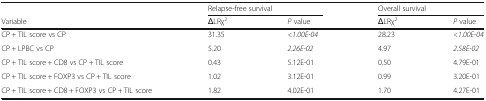
|  | <COLSPAN=2> Relapse-free survival | <COLSPAN=2> Overall survival |
 | Variable | ΔLRχ2 | P value | ΔLRχ2 | P value |
 | --- | --- | --- | --- | --- |
 | CP + TIL score vs CP | 31.35 | <1.00E-04 | 28.23 | <1.00E-04 |
 | CP + LPBC vs CP | 5.20 | 2.26E-02 | 4.97 | 2.58E-02 |
 | CP + TIL score + CD8 vs CP + TIL score | 0.43 | 5.12E-01 | 0.50 | 4.79E-01 |
 | CP + TIL score + FOXP3 vs CP + TIL score | 1.02 | 3.12E-01 | 0.99 | 3.20E-01 |
 | CP + TIL score + CD8 + FOXP3 vs CP + TIL score | 1.82 | 4.02E-01 | 1.70 | 4.27E-01 |